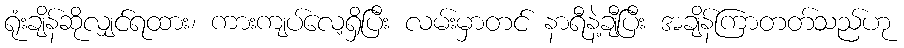
ရုံးချိန်ဆိုလျှင်ရထား၊ ကားကျပ်လေ့ရှိပြီး လမ်းမှာတင် နာရီနဲ့ချီပြီး အချိန်ကြာတတ်သည်ဟု